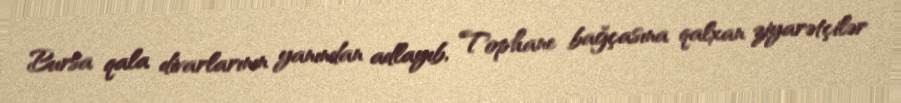
Bursa qala divarlarının yanından adlayıb, Tophane bağçasına qalxan ziyarətçilər